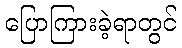
ပြောကြားခဲ့ရာတွင်